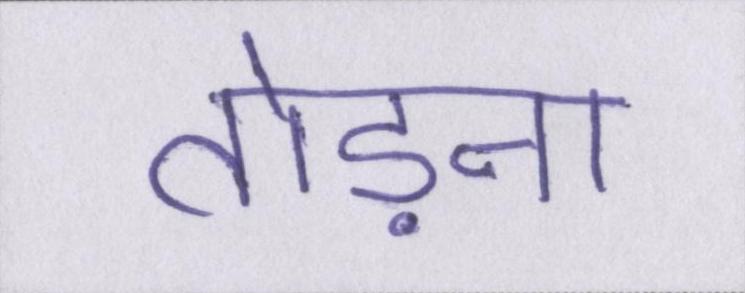
तोड़ना